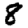
Digit: 8